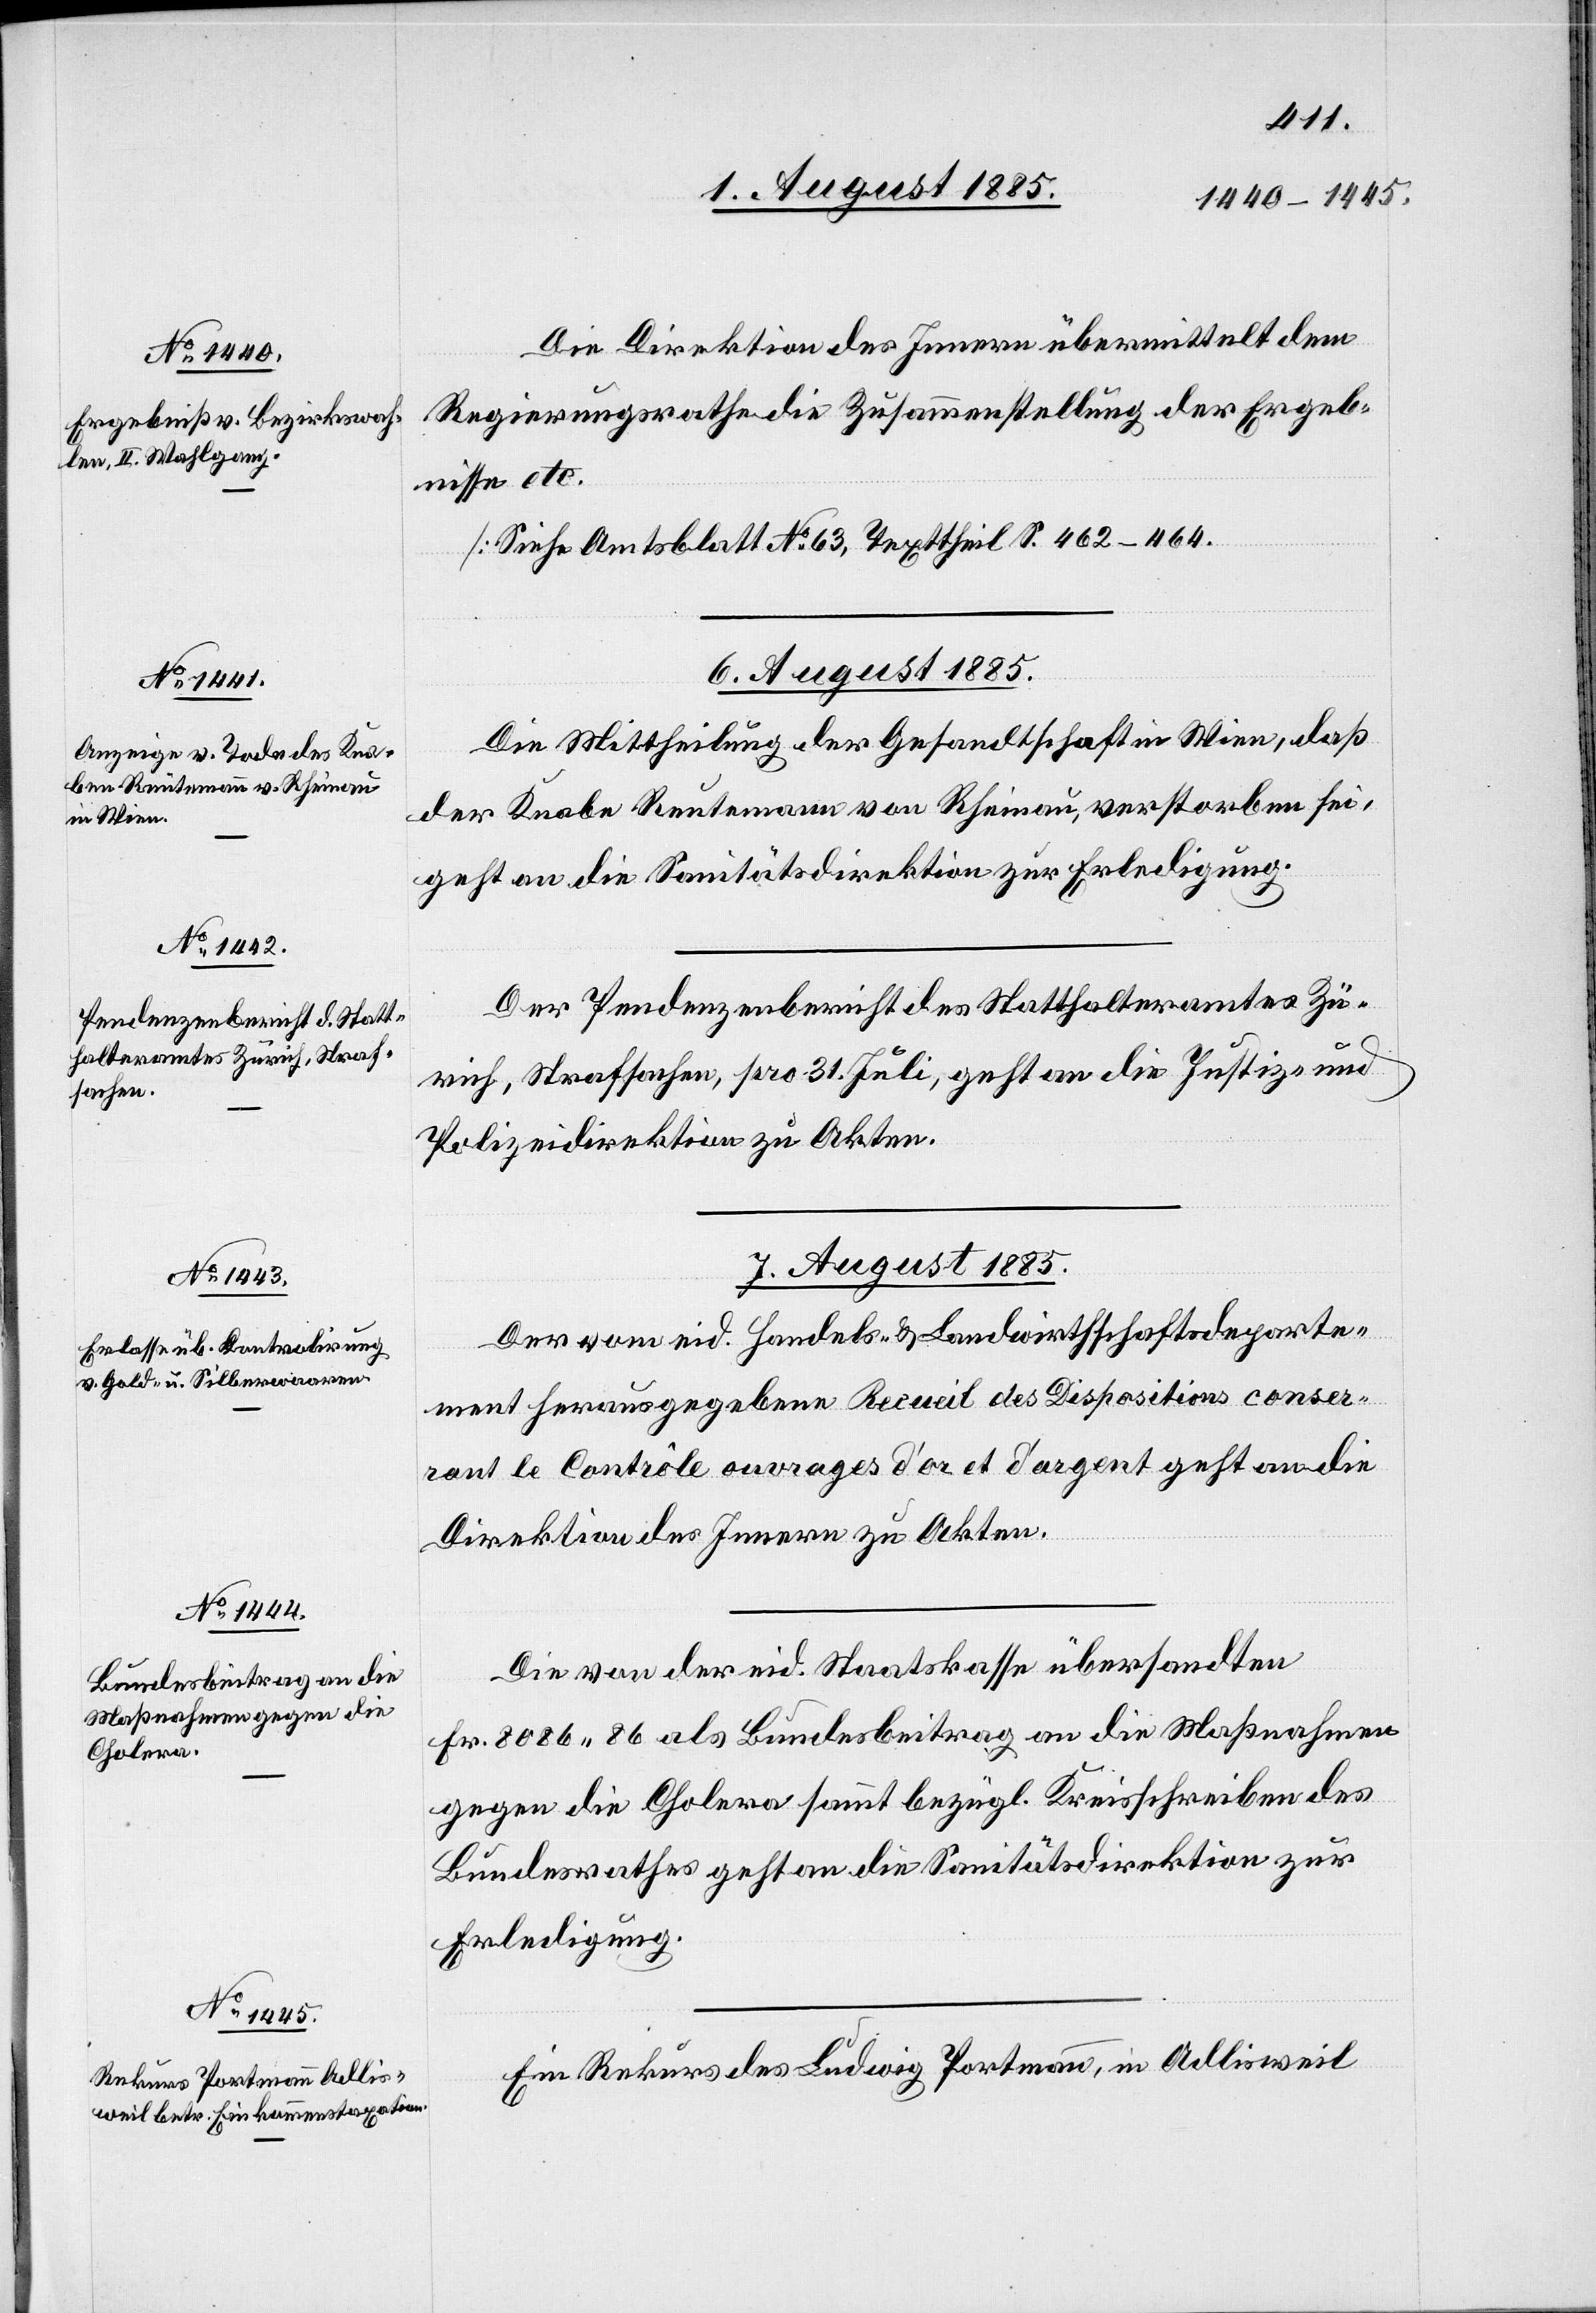
Die Direktion des Innern übermittelt dem
Regierungsrathe die Zusammenstellung der Ergeb¬
nisse etc.
[Siehe Amtsblatt No 63, Texttheil S. 462–464.]
6. August 1885.]
Die Mittheilung der Gesandtschaft in Wien, daß
der Knabe Reutemann von Rheinau, verstorben sei,
geht an die Sanitätsdirektion zur Erledigung.
Der Pendenzenbericht des Statthalteramtes Zü¬
rich, Strafsachen, pro 31. Juli, geht an die Justiz- und
Polizeidirektion zu Akten.
7. August 1885.]
Der vom eid. Handels- & Landwirthschaftsdeparte¬
ment herausgegebene Recueil des Dispositions conser¬
vant le Contrôle ouvrages d’or et d’argent geht an die
Direktion des Innern zu Akten.
Die von der eid. Staatskasse übersandten
Fr. 8086 86 als Bundesbeitrag an die Maßnahmen
gegen die Cholera sammt bezügl. Kreisschreiben des
Bundesrathes geht an die Sanitätsdirektion zur
Erledigung.
Ein Rekurs des Ludwig Portmann, in Adlisweil